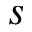
s